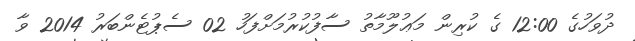
ދުވަހުގެ 12:00 ގެ ކުރިން މަޢުލޫމާތު ސާފުކުރުމަށްފަހު 02 ސެޕުޓެންބަރު 2014 ވާ